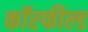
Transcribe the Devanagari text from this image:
कॉरफील्ड